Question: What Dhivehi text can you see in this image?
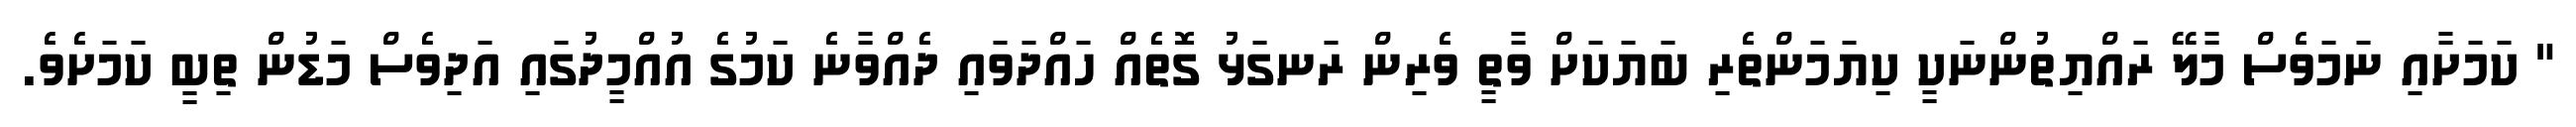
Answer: " ކަމަށާއި ނަމަވެސް މާލޭ ރައްޔިތުންނަކީ ކިޔަމަންތެރި ބަޔަކަށް ވާތީ ވެރިން ރަނގަޅު ގޮތެއް ހައްދަވައި ދެއްވާނެ ކަމުގެ އުއްމީދުގައި އަދިވެސް މަޑުން ތިބީ ކަމަށެވެ.